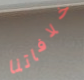
خلافاتنا